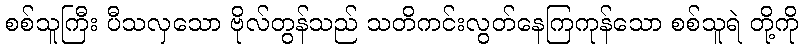
စစ်သူကြီး ပီသလှသော ဗိုလ်တွန်သည် သတိကင်းလွတ်နေကြကုန်သော စစ်သူရဲ တို့ကို